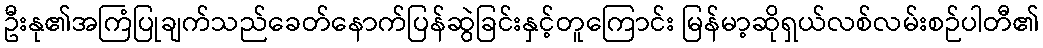
ဦးနု၏အကြံပြုချက်သည်ခေတ်နောက်ပြန်ဆွဲခြင်းနှင့်တူကြောင်း မြန်မာ့ဆိုရှယ်လစ်လမ်းစဉ်ပါတီ၏